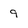
Character: 9